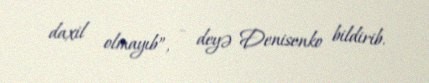
daxil olmayıb”, - deyə Denisenko bildirib.